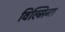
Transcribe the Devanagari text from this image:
विल्‍मिना